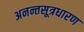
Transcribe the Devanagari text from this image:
अनन्तसूत्रधारण